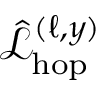
\hat { \mathcal { L } } _ { \mathrm { h o p } } ^ { ( \ell , y ) }